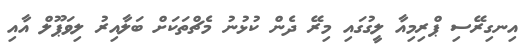
އިނގިރޭސި ޕްރިމިއާ ލީގުގައި މިރޭ ދެން ކުޅުނުު މެޗްތަކަށް ބަލާއިރު ލިވަޕޫލް އާއި